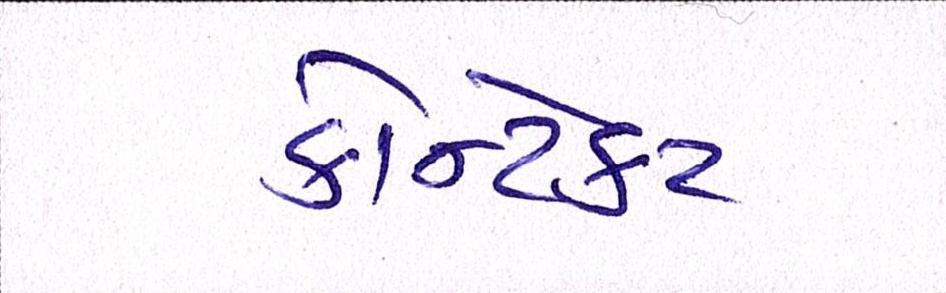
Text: કોન્ટેકટ